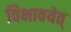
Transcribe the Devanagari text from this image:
विभावयेत्